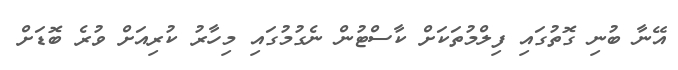
އޭނާ ބުނި ގޮތުގައި ފިލްމުތަކަށް ކާސްޓުން ނެގުމުގައި މިހާރު ކުރިއަށް ވުރެ ބޮޑަށް